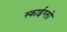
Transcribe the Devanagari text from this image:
स्काईग्लो